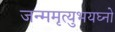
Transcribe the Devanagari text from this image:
जन्ममृत्युभयघ्नो